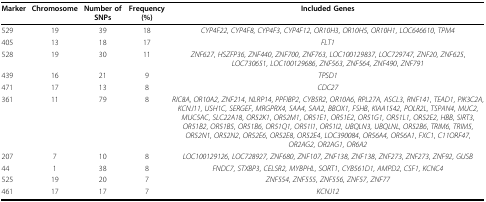
<table><thead><tr><td><b>Marker</b></td><td><b>Chromosome</b></td><td><b>Number of SNPs</b></td><td><b>Frequency (%)</b></td><td><b>Included Genes</b></td></tr></thead><tbody><tr><td>529</td><td>19</td><td>39</td><td>18</td><td><i>CYP4F22</i>, <i>CYP4F8</i>, <i>CYP4F3</i>, <i>CYP4F12</i>, <i>OR10H3</i>, <i>OR10H5</i>, <i>OR10H1</i>, <i>LOC646610</i>, <i>TPM4</i></td></tr><tr><td>405</td><td>13</td><td>18</td><td>17</td><td><i>FLT1</i></td></tr><tr><td>528</td><td>19</td><td>30</td><td>11</td><td><i>ZNF627</i>, <i>HSZFP36</i>, <i>ZNF440</i>, <i>ZNF700</i>, <i>ZNF763</i>, <i>LOC100129837</i>, <i>LOC729747</i>, <i>ZNF20</i>, <i>ZNF625</i>, <i>LOC730651</i>, <i>LOC100129686</i>, <i>ZNF563</i>, <i>ZNF564</i>, <i>ZNF490</i>, <i>ZNF791</i></td></tr><tr><td>439</td><td>16</td><td>21</td><td>9</td><td><i>TPSD1</i></td></tr><tr><td>471</td><td>17</td><td>13</td><td>8</td><td><i>CDC27</i></td></tr><tr><td>361</td><td>11</td><td>79</td><td>8</td><td><i>RIC8A</i>, <i>OR10A2</i>, <i>ZNF214</i>, <i>NLRP14</i>, <i>PPFIBP2</i>, <i>CYB5R2</i>, <i>OR10A6</i>, <i>RPL27A</i>, <i>ASCL3</i>, <i>RNF141</i>, <i>TEAD1</i>, <i>PIK3C2A</i>, <i>KCNJ11</i>, <i>USH1C</i>, <i>SERGEF</i>, <i>MRGPRX4</i>, <i>SAA4</i>, <i>SAA2</i>, <i>BBOX1</i>, <i>FSHB</i>, <i>KIAA1542</i>, <i>POLR2L</i>, <i>TSPAN4</i>, <i>MUC2</i>, <i>MUC5AC</i>, <i>SLC22A18</i>, <i>OR52K1</i>, <i>OR52M1</i>, <i>OR51E1</i>, <i>OR51E2</i>, <i>OR51G1</i>, <i>OR51L1</i>, <i>OR52E2</i>, <i>HBB</i>, <i>SIRT3</i>, <i>OR51B2</i>, <i>OR51B5</i>, <i>OR51B6</i>, <i>OR51Q1</i>, <i>OR51I1</i>, <i>OR51I2</i>, <i>UBQLN3</i>, <i>UBQLNL</i>, <i>OR52B6</i>, <i>TRIM6</i>, <i>TRIM5</i>, <i>OR52N1</i>, <i>OR52N2</i>, <i>OR52E6</i>, <i>OR52E8</i>, <i>OR52E4</i>, <i>LOC390084</i>, <i>OR56A4</i>, <i>OR56A1</i>, <i>FXC1</i>, <i>C11ORF47</i>, <i>OR2AG2</i>, <i>OR2AG1</i>, <i>OR6A2</i></td></tr><tr><td>207</td><td>7</td><td>10</td><td>8</td><td><i>LOC100129126</i>, <i>LOC728927</i>, <i>ZNF680</i>, <i>ZNF107</i>, <i>ZNF138</i>, <i>ZNF138</i>, <i>ZNF273</i>, <i>ZNF273</i>, <i>ZNF92</i>, <i>GUSB</i></td></tr><tr><td>44</td><td>1</td><td>38</td><td>8</td><td><i>FNDC7</i>, <i>STXBP3</i>, <i>CELSR2</i>, <i>MYBPHL</i>, <i>SORT1</i>, <i>CYB561D1</i>, <i>AMPD2</i>, <i>CSF1</i>, <i>KCNC4</i></td></tr><tr><td>525</td><td>19</td><td>20</td><td>7</td><td><i>ZNF554</i>, <i>ZNF555</i>, <i>ZNF556</i>, <i>ZNF57</i>, <i>ZNF77</i></td></tr><tr><td>461</td><td>17</td><td>17</td><td>7</td><td><i>KCNJ12</i></td></tr></tbody></table>